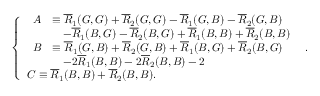
\left\{ \begin{array} { l l } { \begin{array} { r l } { A } & { \equiv \overline { { R } } _ { 1 } ( G , G ) + \overline { { R } } _ { 2 } ( G , G ) - \overline { { R } } _ { 1 } ( G , B ) - \overline { { R } } _ { 2 } ( G , B ) } \\ & { \quad - \overline { { R } } _ { 1 } ( B , G ) - \overline { { R } } _ { 2 } ( B , G ) + \overline { { R } } _ { 1 } ( B , B ) + \overline { { R } } _ { 2 } ( B , B ) } \end{array} } \\ { \begin{array} { r l } { B } & { \equiv \overline { { R } } _ { 1 } ( G , B ) + \overline { { R } } _ { 2 } ( G , B ) + \overline { { R } } _ { 1 } ( B , G ) + \overline { { R } } _ { 2 } ( B , G ) } \\ & { \quad - 2 \overline { { R } } _ { 1 } ( B , B ) - 2 \overline { { R } } _ { 2 } ( B , B ) - 2 } \end{array} } \\ { C \equiv \overline { { R } } _ { 1 } ( B , B ) + \overline { { R } } _ { 2 } ( B , B ) . } \end{array} \right. .